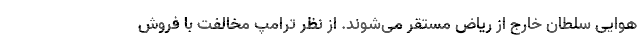
هوایی سلطان خارج از ریاض مستقر می‌شوند. از نظر ترامپ مخالفت با فروش